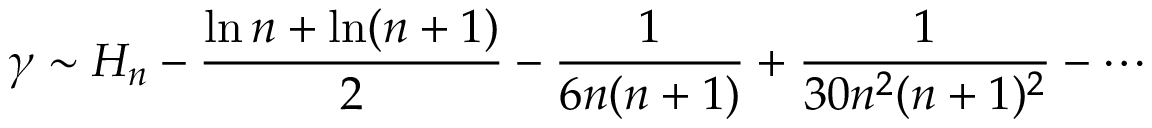
\gamma \sim H _ { n } - { \frac { \ln n + \ln ( n + 1 ) } { 2 } } - { \frac { 1 } { 6 n ( n + 1 ) } } + { \frac { 1 } { 3 0 n ^ { 2 } ( n + 1 ) ^ { 2 } } } - \cdots